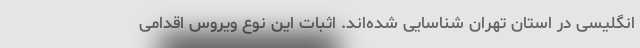
انگلیسی در استان تهران شناسایی شده‌اند. اثبات این نوع ویروس اقدامی